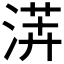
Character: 𱧏